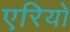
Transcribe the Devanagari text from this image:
एरियो